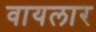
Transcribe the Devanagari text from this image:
वायलार